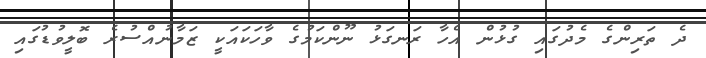
ދެ ތަރިންގެ މެދުގައި ގުޅުން އެހާ ރަނގަޅު ނޫންކަމުގެ ވާހަކައަކީ ޒަމާނުއްސުރެ ބޮލީވުޑުގައި